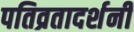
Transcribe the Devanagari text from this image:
पतिव्रतादर्शनी